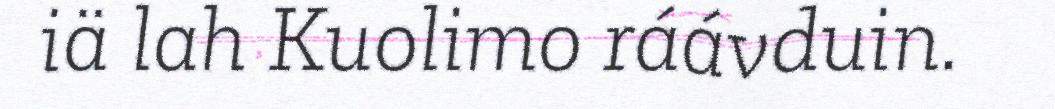
iä lah Kuolimo ráávduin.